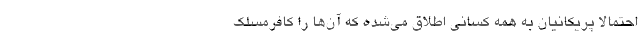
احتمالا پریکانیان به همه کسانی اطلاق می‌شده که آن‌ها را کافرمسلک